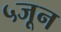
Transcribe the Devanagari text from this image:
५जून